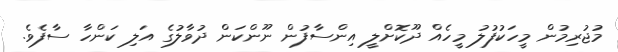
މުޖުރިމުން މީހަކުފުލު މީހެއް ދޫކޮށްލީ އިންސާފުން ނޫންކަން ދުވާލުގެ އަލި ކަންހާ ސާފެވެ.